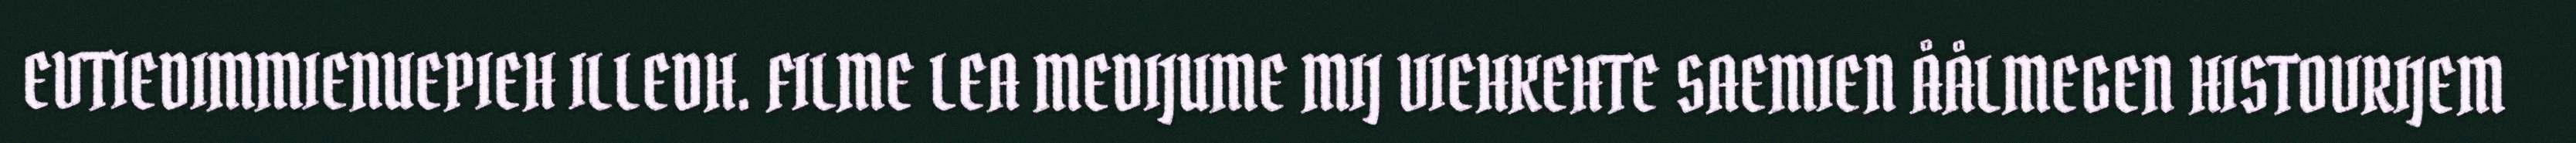
EVTIEDIMMIENUEPIEH ILLEDH. FILME LEA MEDIJUME MIJ VIEHKEHTE SAEMIEN ÅÅLMEGEN HISTOVRIJEM